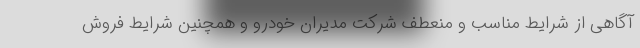
آگاهی از شرایط مناسب و منعطف شرکت مدیران خودرو و همچنین شرایط فروش